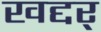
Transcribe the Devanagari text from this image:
खद्दर्